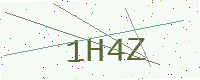
Text: 1H4Z